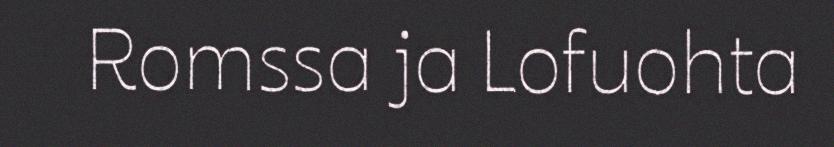
Romssa ja Lofuohta